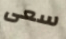
سعى